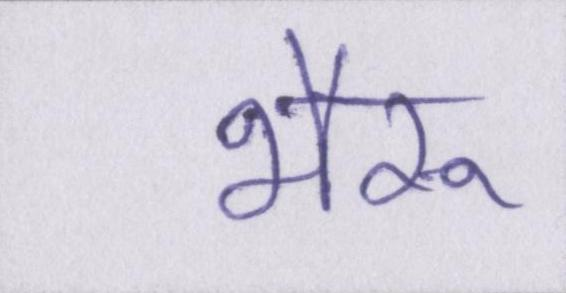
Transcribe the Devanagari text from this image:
भैरू